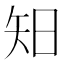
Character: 𥎭